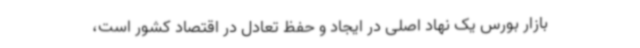
بازار بورس یک نهاد اصلی در ایجاد و حفظ تعادل در اقتصاد کشور است،